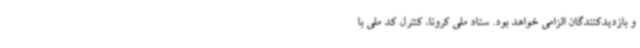
و بازدیدکنندگان الزامی خواهد بود. ستاد ملی کرونا، کنترل کد ملی با